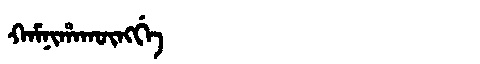
Manchu: ᡴᠠᠮᠨᡳᡥᠠᡴᡡᠩᡤᡝ
Romanization: KAMNIHAKŪNGGE